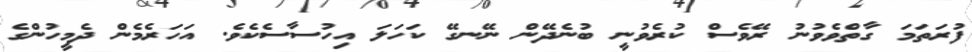
ފުރަތަަމަ ގާތްވެވުނު ރޭވެސް ކުރެވުނީ ބުނެދޭން ނޭނގޭ ކަހަލަ އިހުސާސެކެވެ. އަހަރެމެން ދެމީހުންގެ